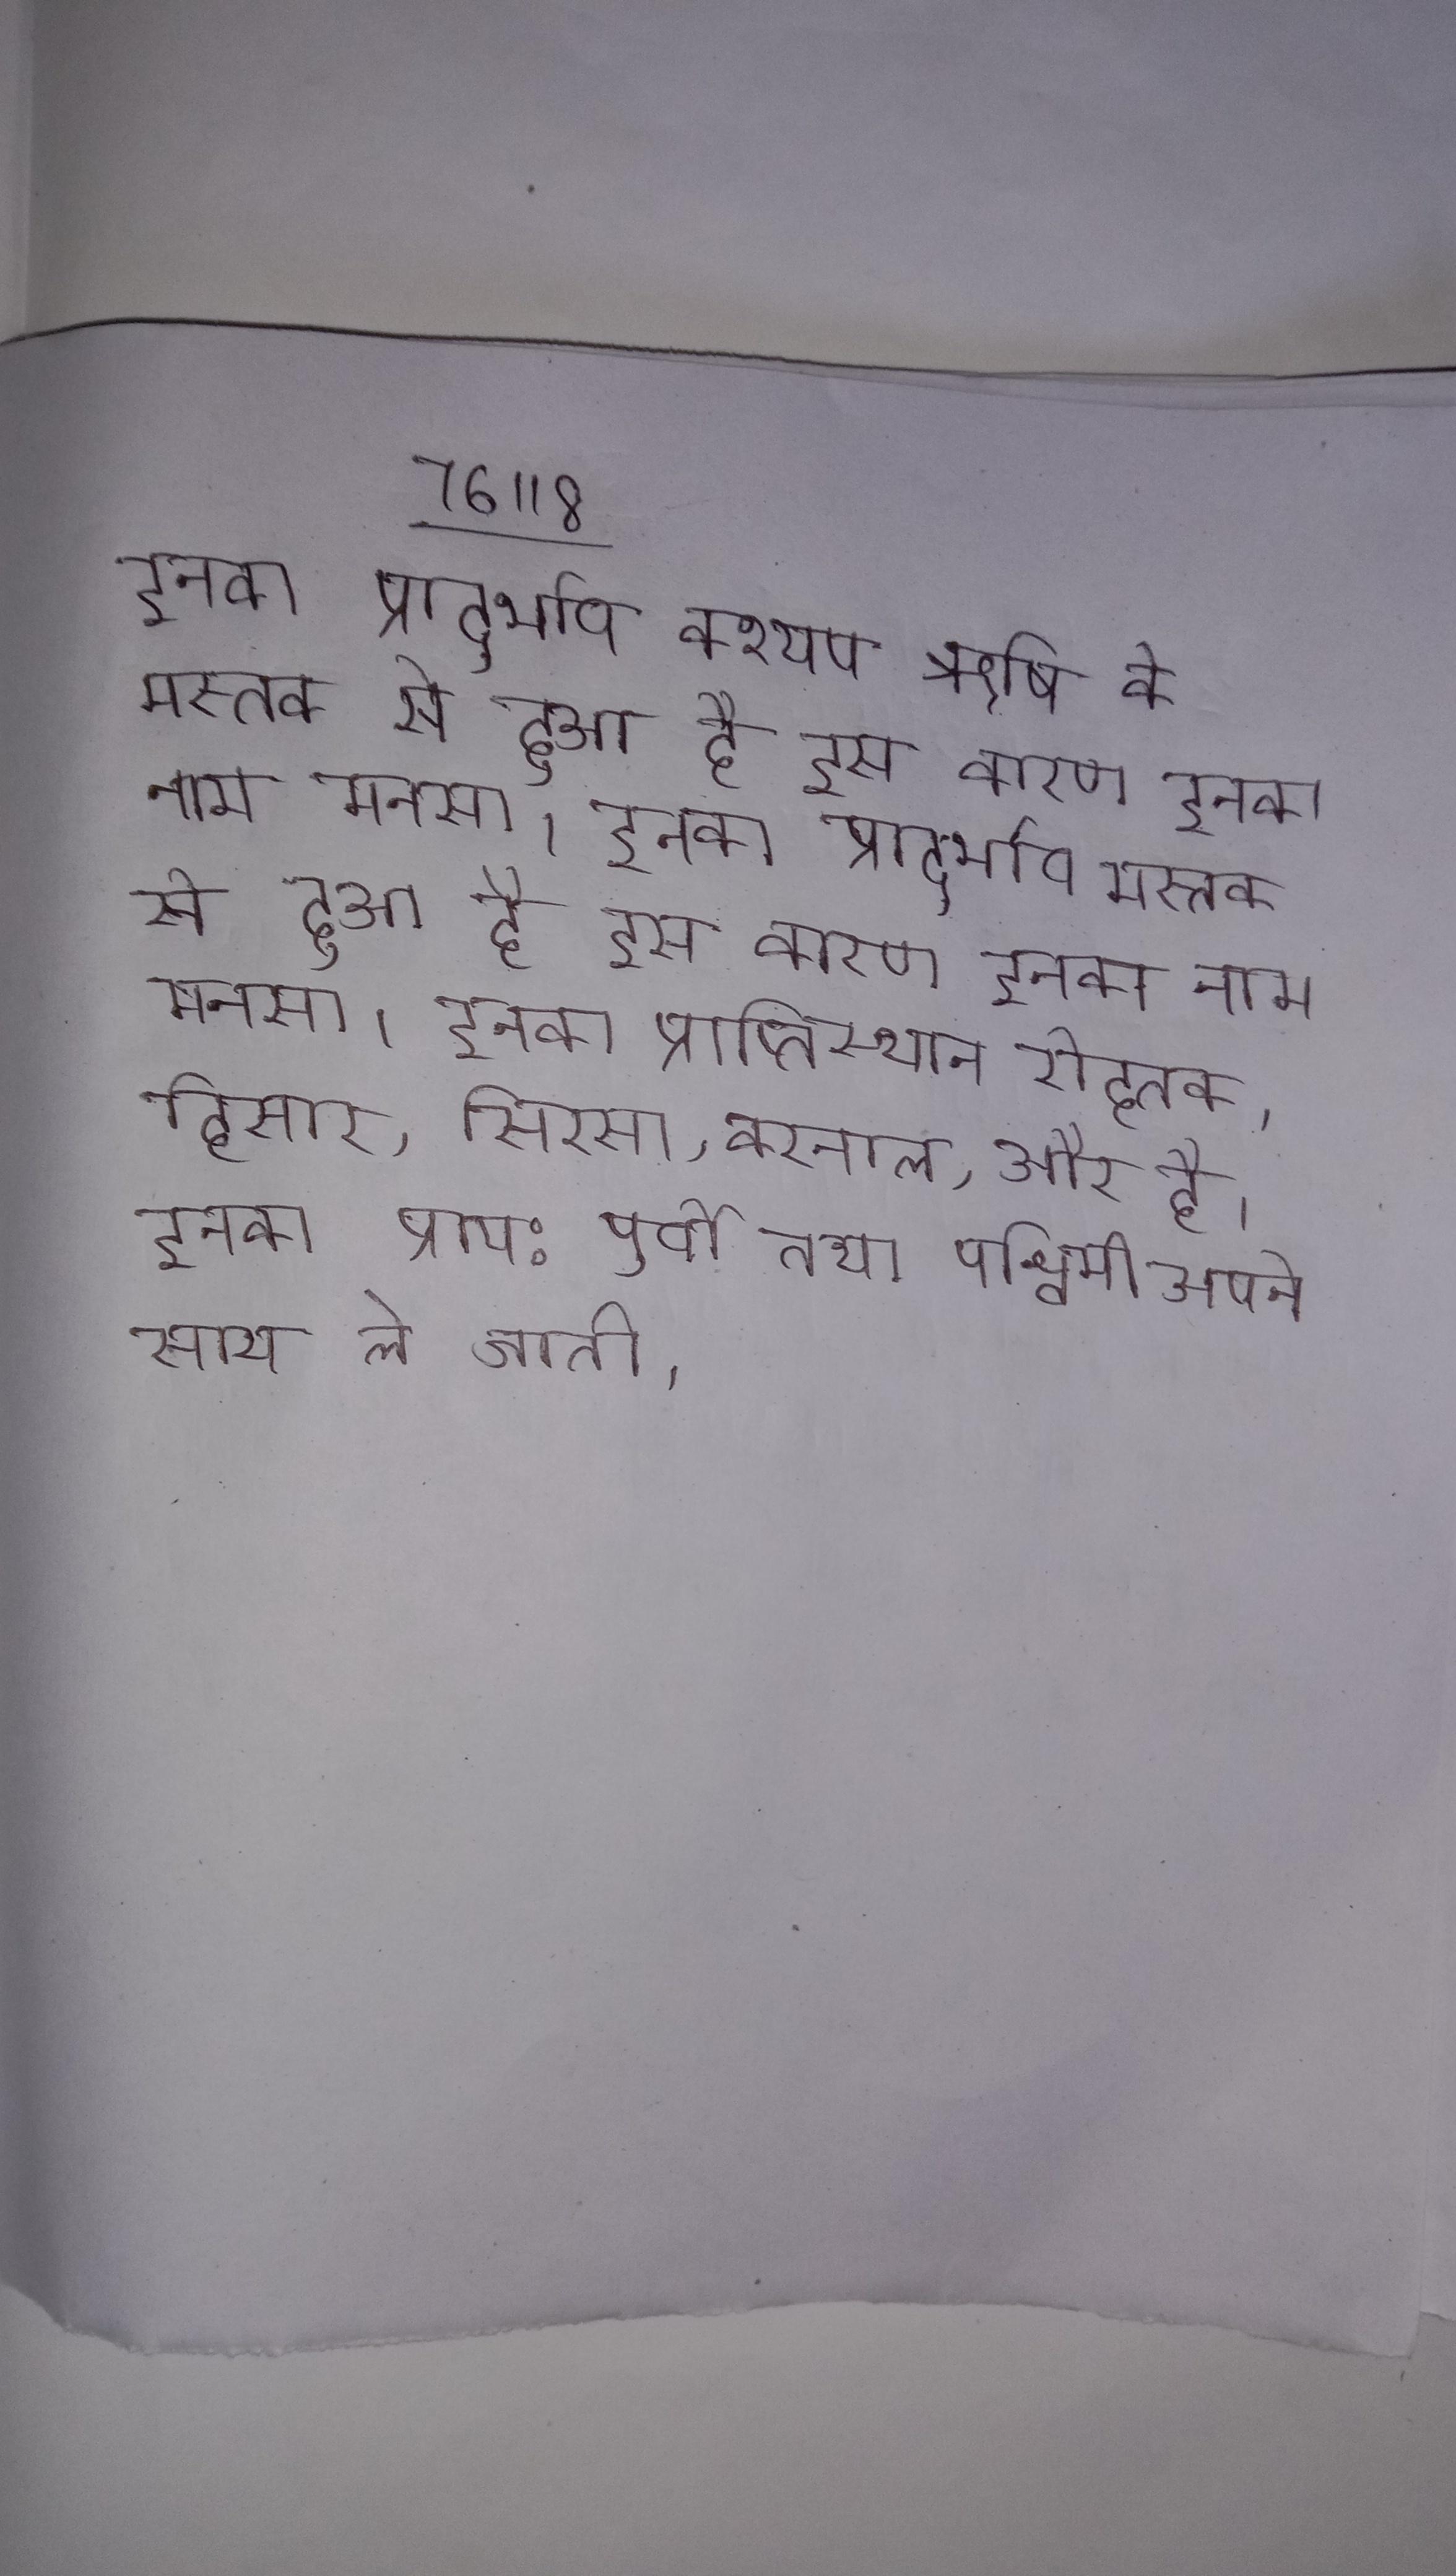
इनका प्रादुर्भाव कश्यप ऋषि के मस्तक से हुआ है इस कारण इनका नाम मनसा । इनका प्रादुर्भाव मस्तक से हुआ है इस कारण इनका नाम मनसा । इनका प्राप्तिस्थान रोहतक, हिसार, सिरसा, करनाल, और है । इनका प्राय: पूर्वी तथा पश्चिमी अपने साथ ले जाती ।